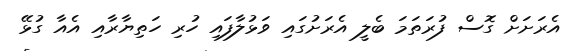
އެރަށަށް ގޮސް ފުރަތަމަ ބެލީ އެރަށުގައި ވަޅުލާފައި ހުރި ހަތިޔާރާއި އެއާ ގުޅޭ